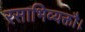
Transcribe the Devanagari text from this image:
रसाभिव्यक्तौ।